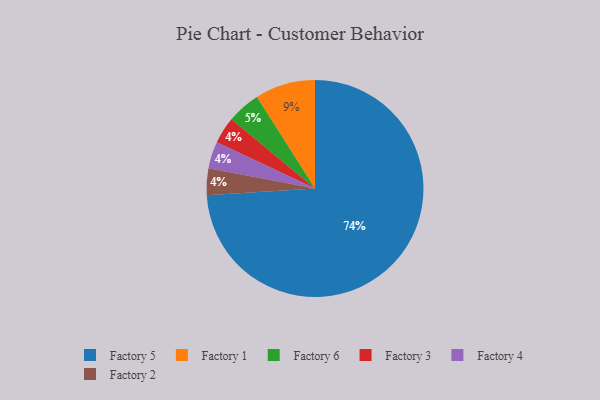
{"axis": {"x": "Category", "y": "Percentage"}, "legend": ["Factory 1", "Factory 2", "Factory 3", "Factory 4", "Factory 5", "Factory 6"], "data": [{"x": "Factory 6", "y": 5, "type": "Factory 6"}, {"x": "Factory 1", "y": 9, "type": "Factory 1"}, {"x": "Factory 3", "y": 4, "type": "Factory 3"}, {"x": "Factory 4", "y": 4, "type": "Factory 4"}, {"x": "Factory 2", "y": 4, "type": "Factory 2"}, {"x": "Factory 5", "y": 74, "type": "Factory 5"}]}